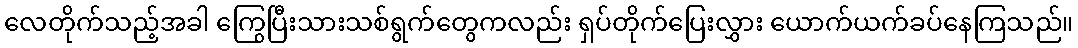
လေတိုက်သည့်အခါ ကြွေပြီးသားသစ်ရွက်တွေကလည်း ရှပ်တိုက်ပြေးလွှား ယောက်ယက်ခပ်နေကြသည်။